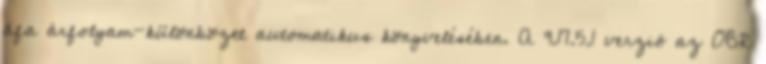
áfa árfolyam-különbözet automatikus könyvelésében. A 9.17.5.1 verzió az OBR